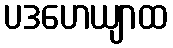
ပဒဟေယျာထ